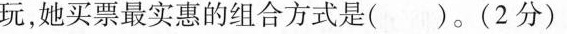
玩，她买票最实惠的组合方式是( )。(2分)